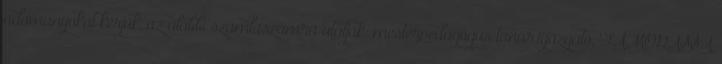
adományokat kérjük, az alábbi számlaszámra utalják: mesterpedagógus tanár,igazgató, TÁMOGASSA